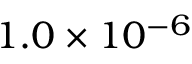
1 . 0 \times 1 0 ^ { - 6 }